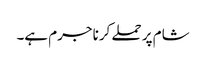
شام پر حملے کرنا جرم ہے۔